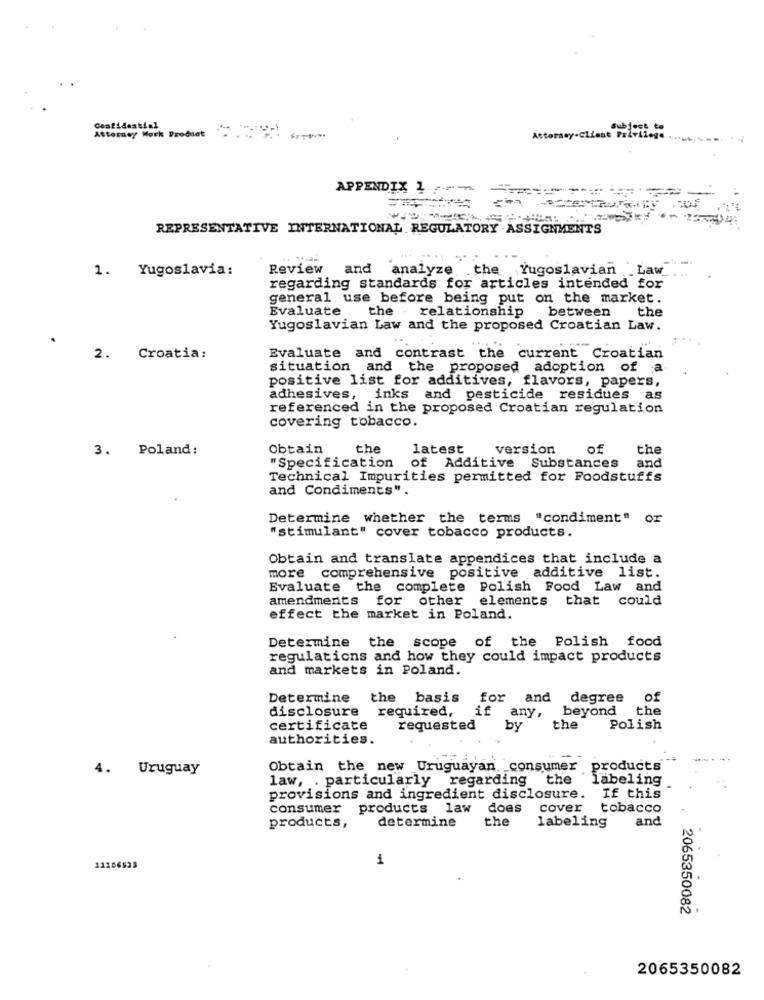
subject to
Attorney Work Product
Attorney-Client Privilege
APPENDIX 1-
REPRESENTATIVE INTERNATIONAL REGULATORY . ASSIGNMENTS
1.
Yugoslavia:
Review
and
analyze the Yugoslavian .Law
regarding standards for articles intended for
general use before being put on the market.
Evaluate
the . relationship
between the
Yugoslavian Law and the proposed Croatian Law.
2.
Croatia:
Evaluate and contrast the current Croatian
situation and the proposed adoption of a
positive list for additives, flavors, papers,
adhesives, inks and pesticide residues as
referenced in the proposed Croatian regulation
covering tobacco.
3. Poland:
Obtain
the
latest
version
of
the
"Specification
and
of Additive Substances
Technical Impurities permitted for Foodstuffs
and Condiments".
Determine whether the terms "condiment" or
"stimulant" cover tobacco products.
Obtain and translate appendices that include a
more comprehensive positive additive list.
Evaluate the complete Polish Food Law and
amendments for other
elements that could
effect the market in Poland.
Determine the scope of the Polish food
regulations and how they could impact products
and markets in Poland.
Determine
the basis
for
and degree
of
disclosure
required,
if
any,
beyond
the
certificate
requested
by
the
Polish
authorities.
--
4. Uruguay
Obtain the new Uruguayan consumer
products
law, . particularly regarding the
labeling
provisions and ingredient disclosure.
If this
consumer products law does
cover
tobacco
determine
the
and
products,
labeling
1
12106525
2065350082
2065350082